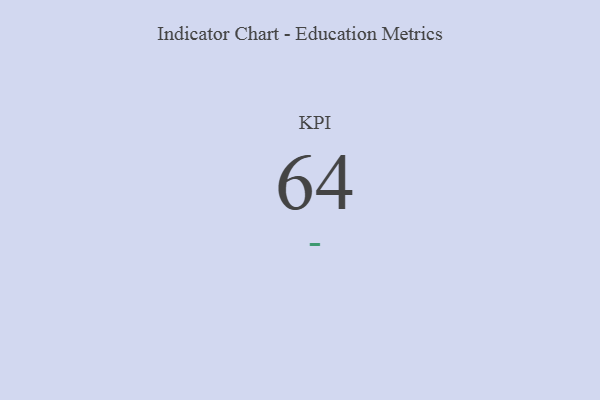
{"axis": {"x": "KPI", "y": "Value"}, "legend": [""], "data": [{"x": "KPI", "y": 64, "type": ""}]}